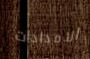
الامدادات